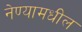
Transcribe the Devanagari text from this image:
नेण्यामधील